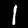
Digit: 1